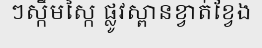
ៗស្កឹមស្កៃ ផ្លូវស្ពានខ្វាត់ខ្វែង